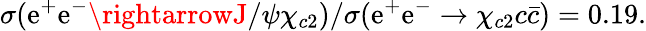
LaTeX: \sigma(\mathrm{e}^{+}\mathrm{e}^{-}\rightarrowJ/\psi\chi_{c2})/\sigma(\mathrm{e}^{+}\mathrm{e}^{-}\rightarrow\chi_{c2}c\bar{{c}})=0.19.